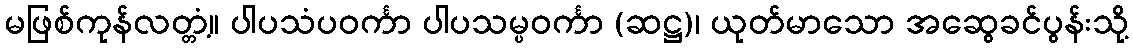
မဖြစ်ကုန်လတ္တံ့။ ပါပသံပဝင်္ကာ ပါပသမ္ပဝင်္ကာ (ဆဋ္ဌ)၊ ယုတ်မာသော အဆွေခင်ပွန်းသို့